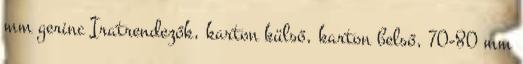
mm gerinc Iratrendezők, karton külső, karton belső, 70-80 mm